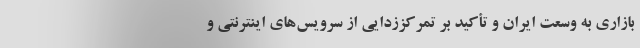
بازاری به وسعت ایران و تأکید بر تمرکززدایی از سرویس‌های اینترنتی و